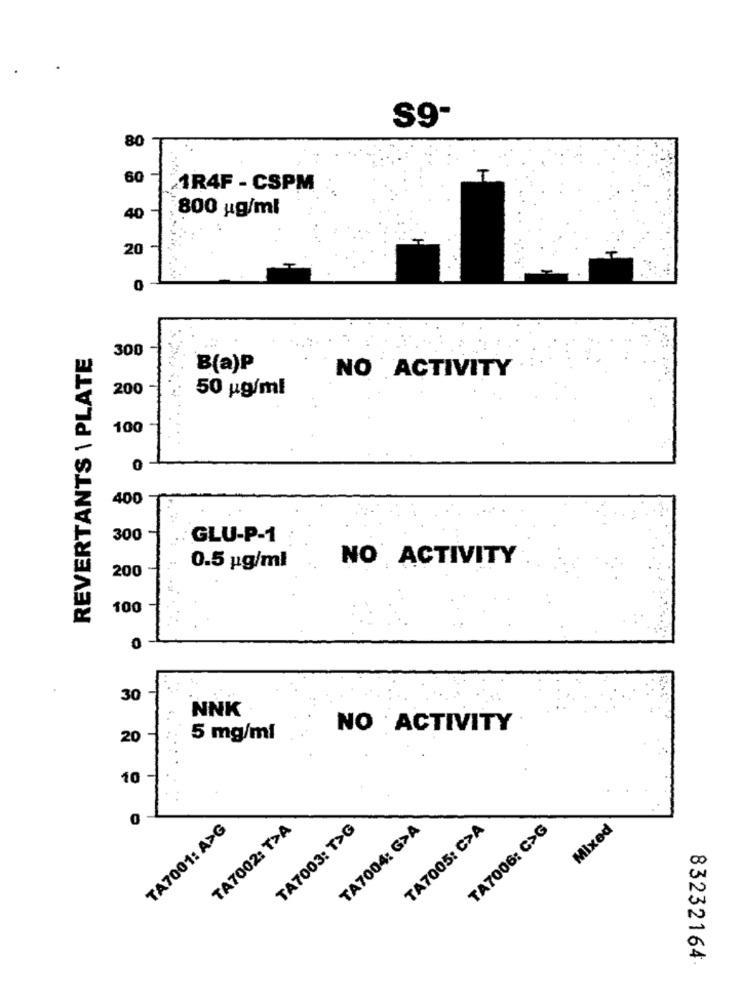
S9-
80
T
60
1R4F - CSPM
800 ug/ml
40
20
0
REVERTANTS \ PLATE
300
B(a)P
NO ACTIVITY
200
50 ug/ml
100
0
400
300
GLU-P-1
NO ACTIVITY
200
0.5 pg/ml
100
0
30
NNK
NO :ACTIVITY
20
5 mg/ml
10
..
TA7001: A>G
TA7002: T>A
TA7003: T>G
TA7004: G>A
TA7005: C>A
TA7006: C>G
Mixed
83232164